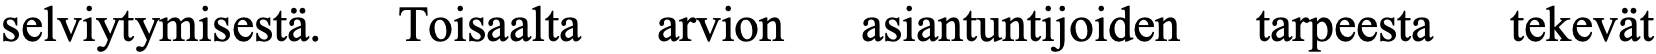
selviytymisestä. Toisaalta arvion asiantuntijoiden tarpeesta tekevät